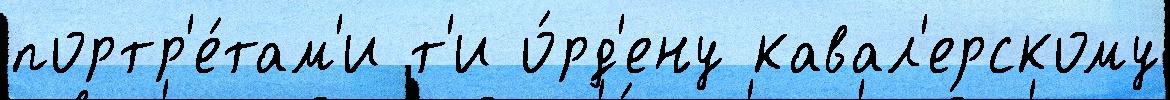
портр'е́там'и т'и о́рд'ену кавал'ерскому